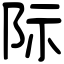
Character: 际